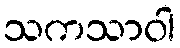
သကသာဝါ